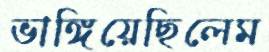
ভাঙ্গিয়েছিলেম